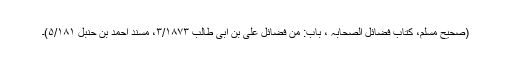
(صحیح مسلم، کتاب فضائل الصحابہ ؓ، باب: من فضائل علی بن ابی طالبؓ ۳/۱۸۷۳، مسند احمد بن حنبل ۵/۱۸۱)۔